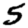
Digit: 5